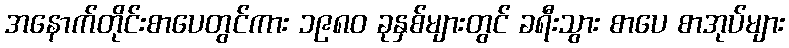
အနောက်တိုင်းစာပေတွင်ကား ၁၉၈၀ ခုနှစ်များတွင် ခရီးသွား စာပေ စာအုပ်များ